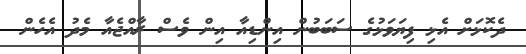
ދެކޮޅަށް އެޅި ފިޔަވަޅުގެ ސަބަބުން އިންޑިއާ އިން ވެސް ރާއްޖެއާ މެދު އެހެން